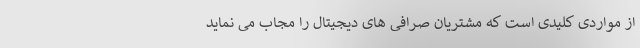
از مواردی کلیدی است که مشتریان صرافی های دیجیتال را مجاب می نماید